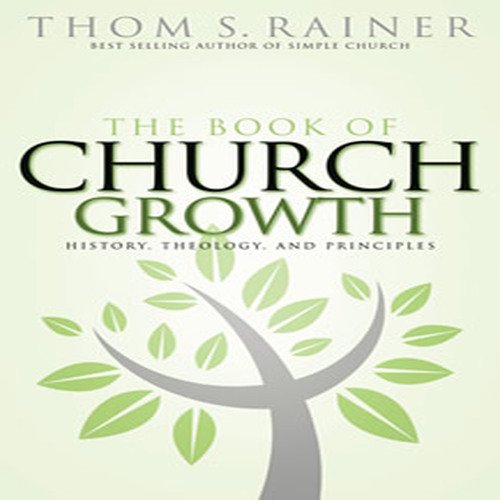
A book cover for The Book of Church Growth; Thom S. Rainer; Christian Books & Bibles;